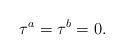
LaTeX: \begin{align*}\tau^a=\tau^b=0.\end{align*}